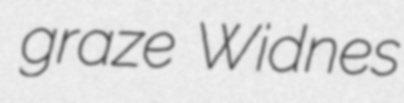
graze Widnes